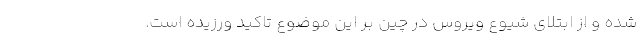
شده و از ابتلای شیوع ویروس در چین بر این موضوع تاکید ورزیده است.